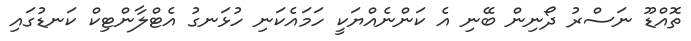
ތޮއްޑޫ ނަސްރު ދޯނިން ބޭނި އެ ކަންނެއްޔަކީ ހަމައެކަނި ހުޅަނގު އެޓްލާންޓިކް ކަނޑުގައި